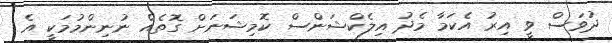
ދުވަސް ވީ އިރު އެކަމާ މެދު އިލެކްޝަންސް ކޮމިޝަނަށް ގޮތެއް ނުނިންމުމަކީ އެ